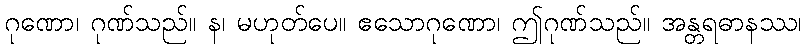
ဂုဏော၊ ဂုဏ်သည်။ န၊ မဟုတ်ပေ။ ဧသောဂုဏော၊ ဤဂုဏ်သည်။ အန္တရဓာနဿ၊